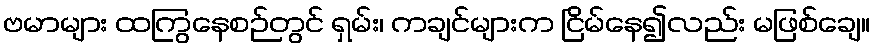
ဗမာများ ထကြွနေစဉ်တွင် ရှမ်း၊ ကချင်များက ငြိမ်နေ၍လည်း မဖြစ်ချေ။